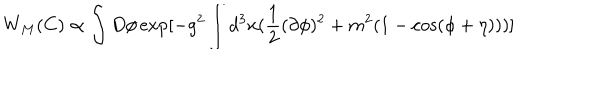
LaTeX: W _ { M } ( C ) \propto \int D \phi \exp [ - g ^ { 2 } \int d ^ { 3 } x ( \frac { 1 } { 2 } ( \partial \phi ) ^ { 2 } + m ^ { 2 } ( 1 - \cos ( \phi + \eta ) ) ) ]